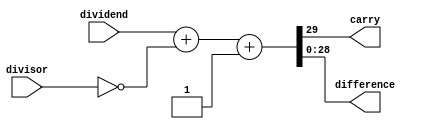
module Adder(
	input [addBITS-1:0] divisor,
	input [addBITS-1:0] dividend,
	output carry,
	output [addBITS-1:0] difference
); 
	parameter divisorBITS=10; 
	parameter dividendBITS=20;
	parameter addBITS=divisorBITS+dividendBITS-1;

	wire [addBITS-1:0] divisorinv;

	assign divisorinv=~divisor; 
	assign {carry,difference} = dividend+divisorinv+1'b1; 

endmodule